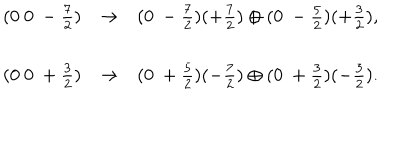
\begin{array} { c c l } { { ( 0 ~ 0 ~ - \frac { 7 } { 2 } ) } } & { { \rightarrow } } & { { ( 0 ~ - \frac { 7 } { 2 } ) ( + \frac { 7 } { 2 } ) \oplus ( 0 ~ - \frac { 5 } { 2 } ) ( + \frac { 3 } { 2 } ) , } } \\ { { ( 0 ~ 0 ~ + \frac { 3 } { 2 } ) } } & { { \rightarrow } } & { { ( 0 ~ + \frac { 5 } { 2 } ) ( - \frac { 7 } { 2 } ) \oplus ( 0 ~ + \frac { 3 } { 2 } ) ( - \frac { 3 } { 2 } ) . } } \\ \end{array}